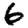
Digit: 6